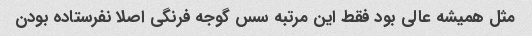
مثل همیشه عالی بود فقط این مرتبه سس گوجه فرنگی اصلا نفرستاده بودن